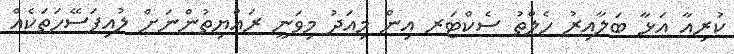
ކުރިއާ އަޅާ ބަލާއިރު ހެލްތު ސެކްޓަރ އިން މިއަދު މިވަނީ ރައްޔިތުންނަށް ލުއިފަސޭހަތަކެއް